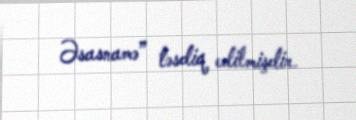
Əsasnamə” təsdiq edilmişdir.